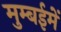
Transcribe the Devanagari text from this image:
मुम्बईमें